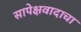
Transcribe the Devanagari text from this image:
सापेक्षवादाचा